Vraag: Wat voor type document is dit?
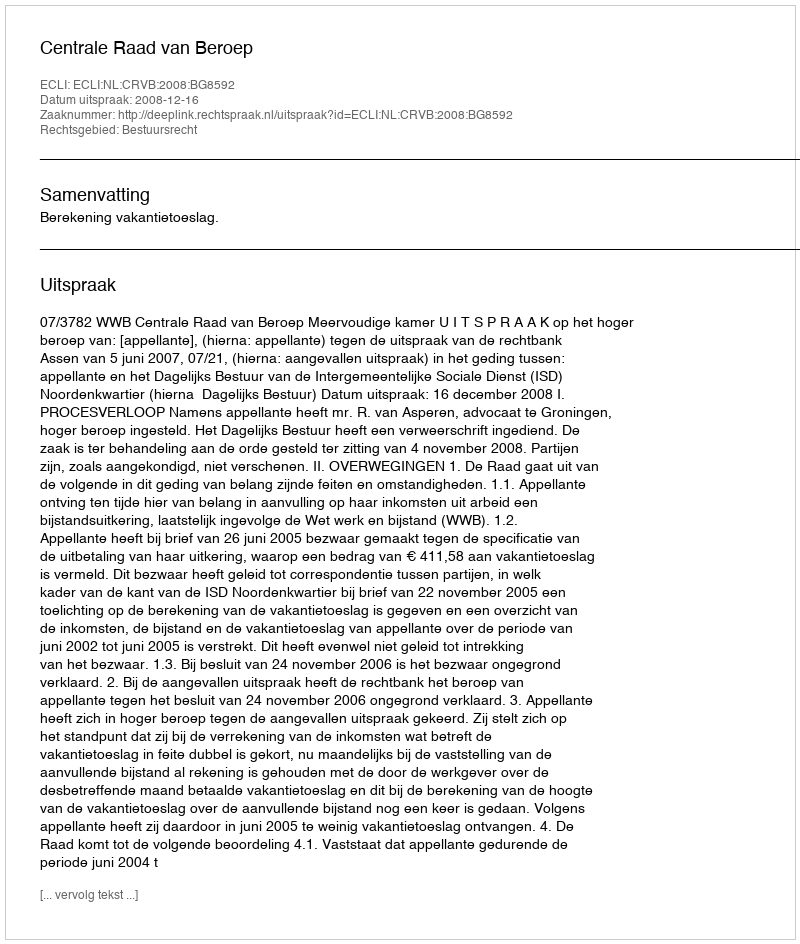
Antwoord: Uitspraak